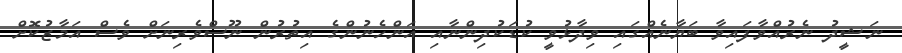
ނަޝީދު ނެރުއްވާފައިވާ ބަޔާނެއްގައި ވިދާޅުވީ ކުޑަކުދިންނާއި އަންހެނުންގެ އިތުރުން ނޫސްވެރިނަށް ވެސް އަމާޒުކޮށް